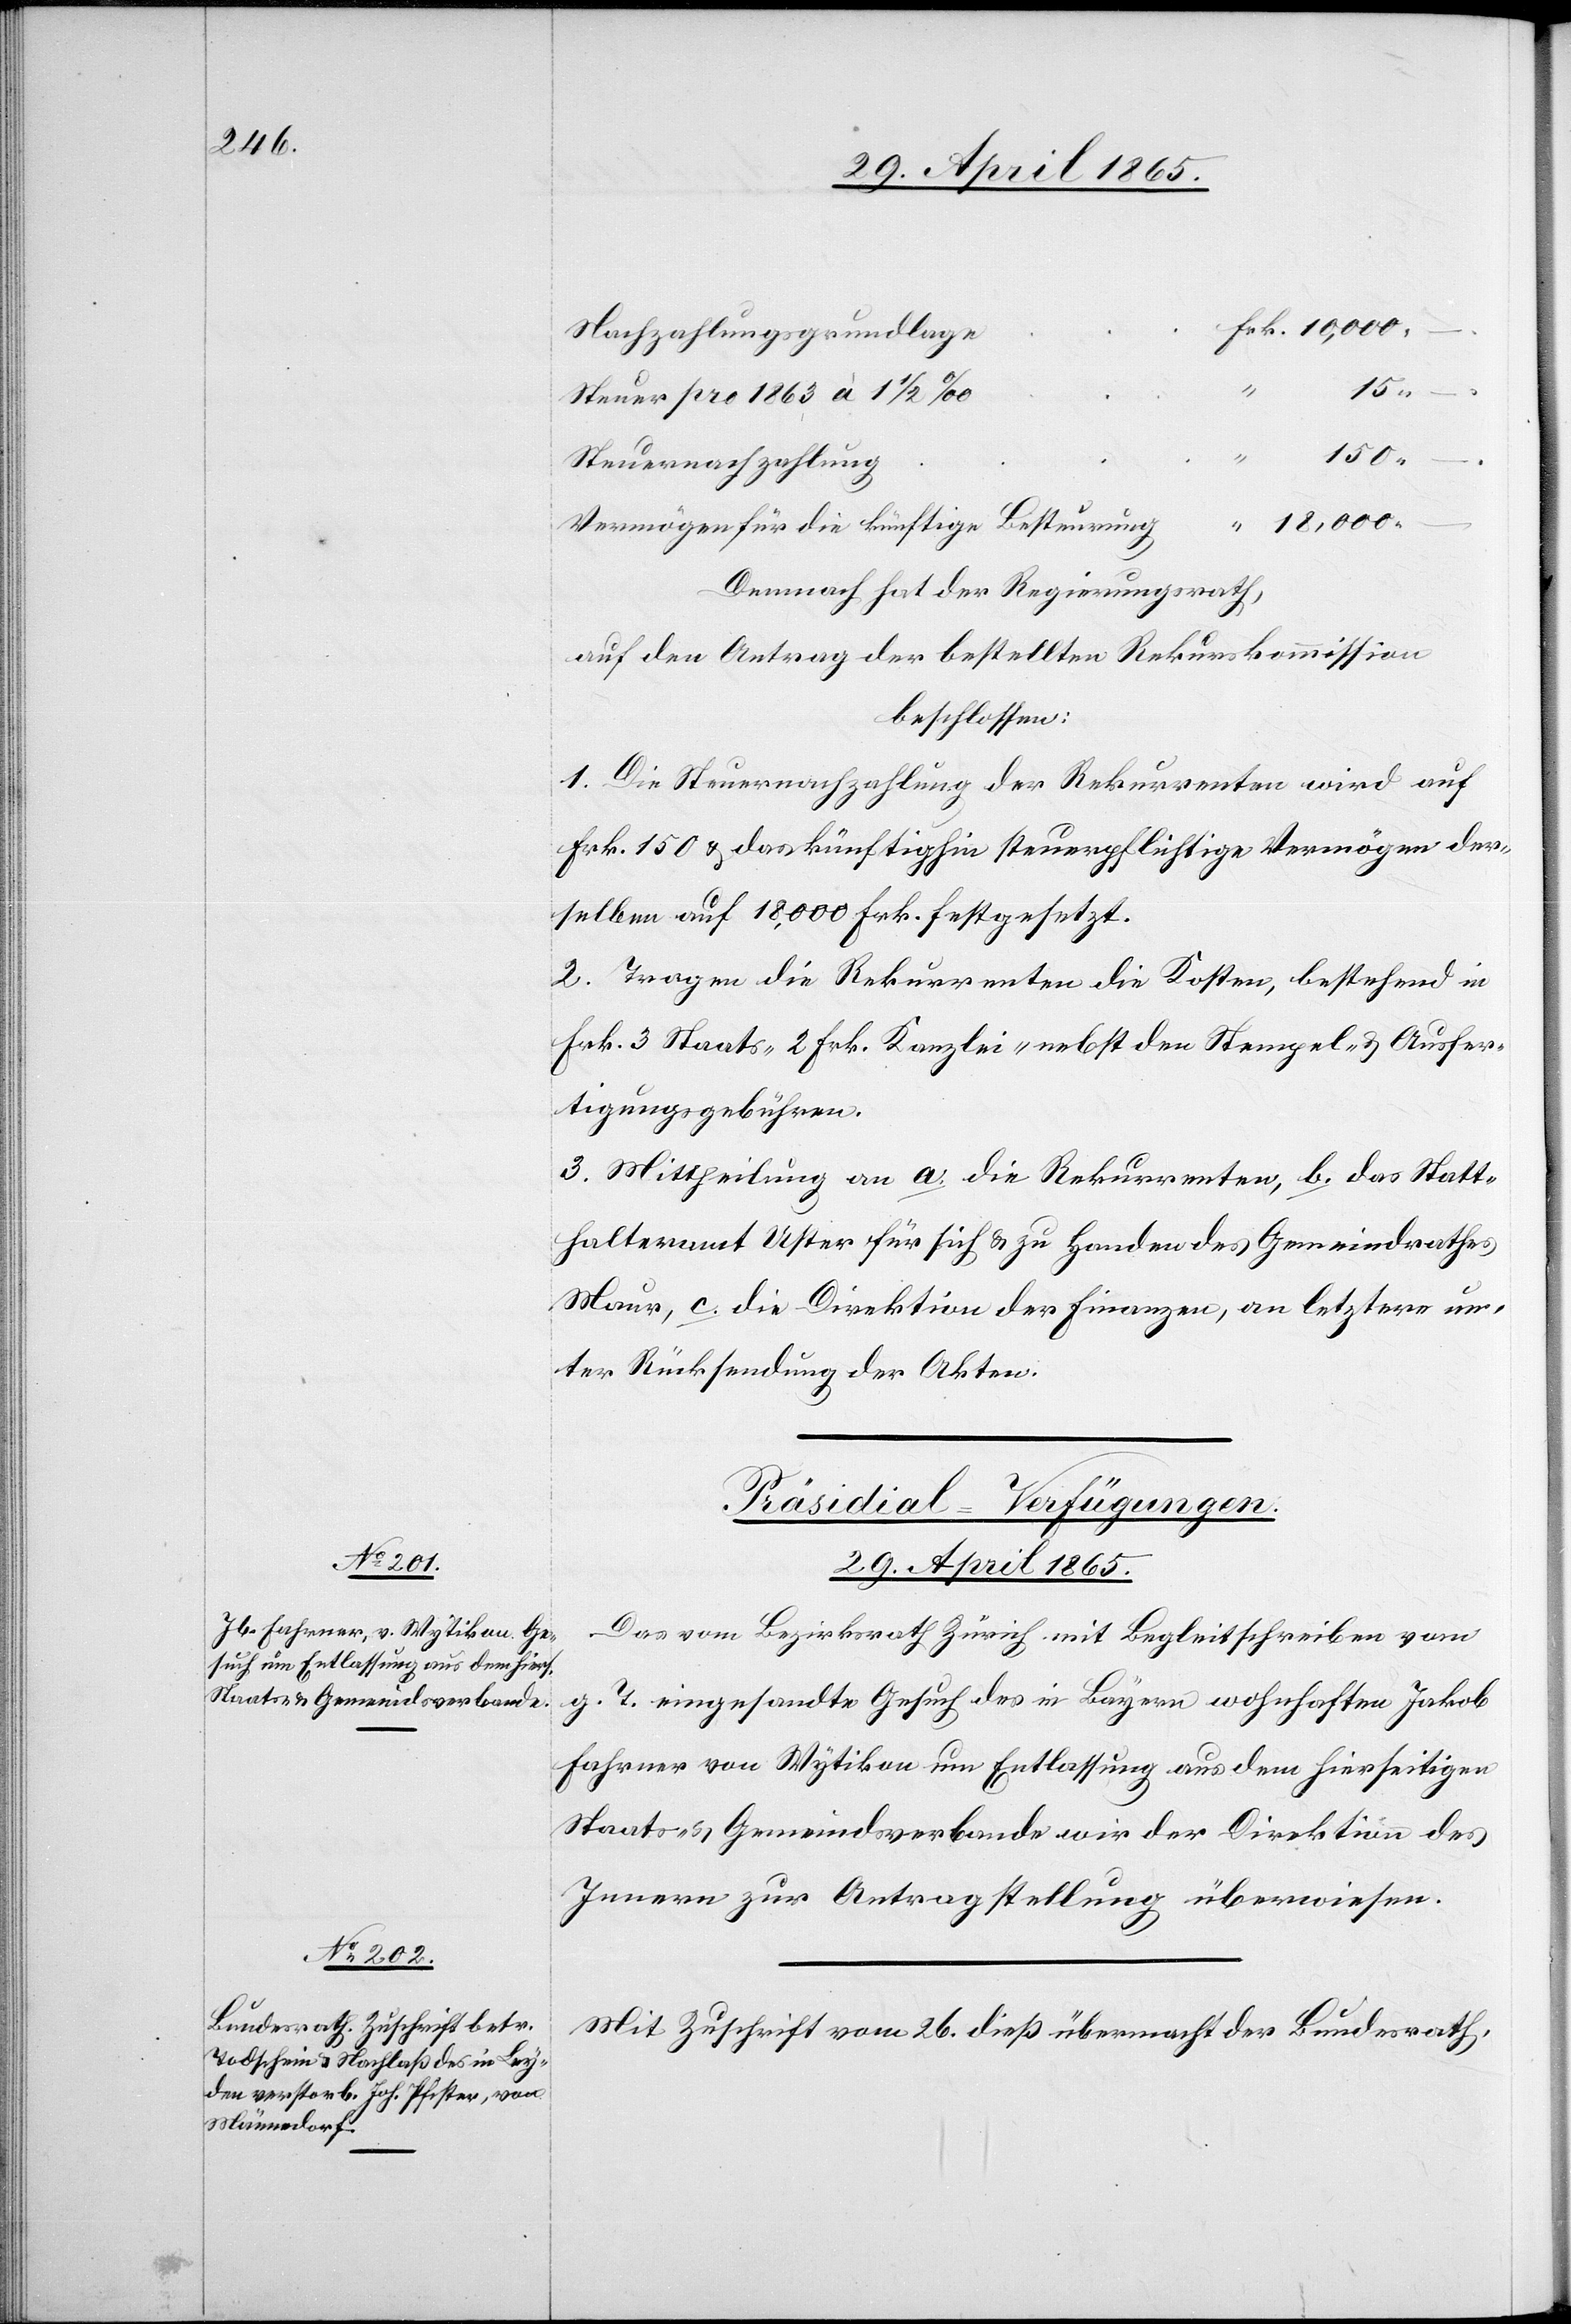
Nachzahlungsgrundlage
150
–
–
Steuer pro 1863 à 1 ½ ‰
Steuernachzahlung
18,000
Vermögen für die künftige Besteurung
Demnach hat der Regierungsrath,
auf den Antrag der bestellten Rekurskommission
beschlossen:
1. Die Steuernachzahlung der Rekurrenten wird auf
Frk. 150 & das künftighin steuerpflichtige Vermögen der¬
selben auf 18,000 Frk. festgesetzt.
2. Tragen die Rekurrenten die Kosten, bestehend in
Frk. 3 Staats-[,] 2 Frk. Kanzlei- nebst den Stempel- & Ausfer¬
tigungsgebühren.
3. Mittheilung an a. die Rekurrenten, b. das Statt¬
halteramt Uster für sich & zu Handen des Gemeindrathes
Maur, c. die Direktion der Finanzen, an letztere un¬
ter Rücksendung der Akten.
[Präsidial-Verfügungen.
29. April 1865.]
Das vom Bezirksrath Zürich mit Begleitschreiben vom
g. T. eingesandte Gesuch des in Bayern wohnhaften Jakob
Fahrner von Wytikon um Entlassung aus dem hierseitigen
Staats- & Gemeindsverbande wir[d] der Direktion des
Innern zur Antragstellung überwiesen.
Mit Zuschrift vom 26. dieß übermacht der Bundesrath,